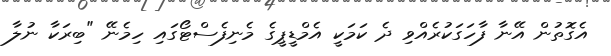
އެގޮތުން އޭނާ ފާހަގަކުރެއްވި ދެ ކަމަކީ އެމްޑީޕީގެ މެނިފެސްޓޯގައި ހިމެނޭ "ބިރަކާ ނުލާ